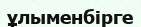
ұлыменбірге